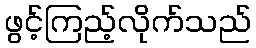
ဖွင့်ကြည့်လိုက်သည်